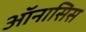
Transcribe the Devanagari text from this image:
ऑनासिस